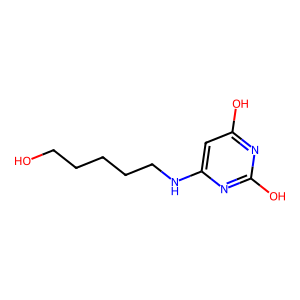
SMILES: OCCCCCNc1cc(O)nc(O)n1
Inhibits HIV replication: No